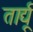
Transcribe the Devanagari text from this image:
तार्द्यू